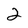
Character: 2